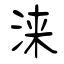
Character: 涞